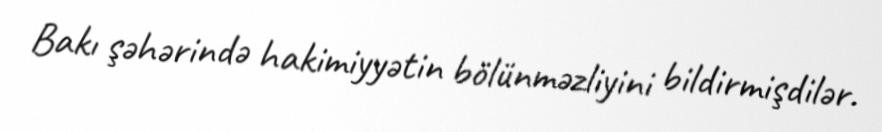
Bakı şəhərində hakimiyyətin bölünməzliyini bildirmişdilər.